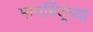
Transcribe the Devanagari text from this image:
मानबिंदूच्या